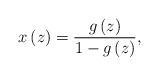
LaTeX: \begin{align*}x\left(z\right)=\frac{g\left(z\right)}{1-g\left(z\right)},\end{align*}